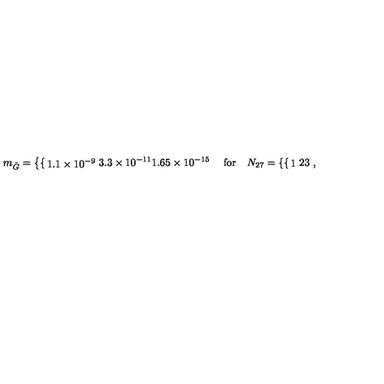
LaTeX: m _ { \tilde { G } } = \left\{ \begin{cases} { 1 . 1 \times 1 0 ^ { - 9 } } \\ { 3 . 3 \times 1 0 ^ { - 1 1 } } \\ { 1 . 6 5 \times 1 0 ^ { - 1 5 } } \\ \end{cases} \right. \quad \mathrm { f o r } \quad N _ { 2 7 } = \left\{ \begin{cases} { 1 } \\ { 2 } \\ { 3 } \\ \end{cases} \right. ,